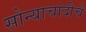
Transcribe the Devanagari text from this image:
सोन्याचांदीचे